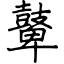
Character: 鼙